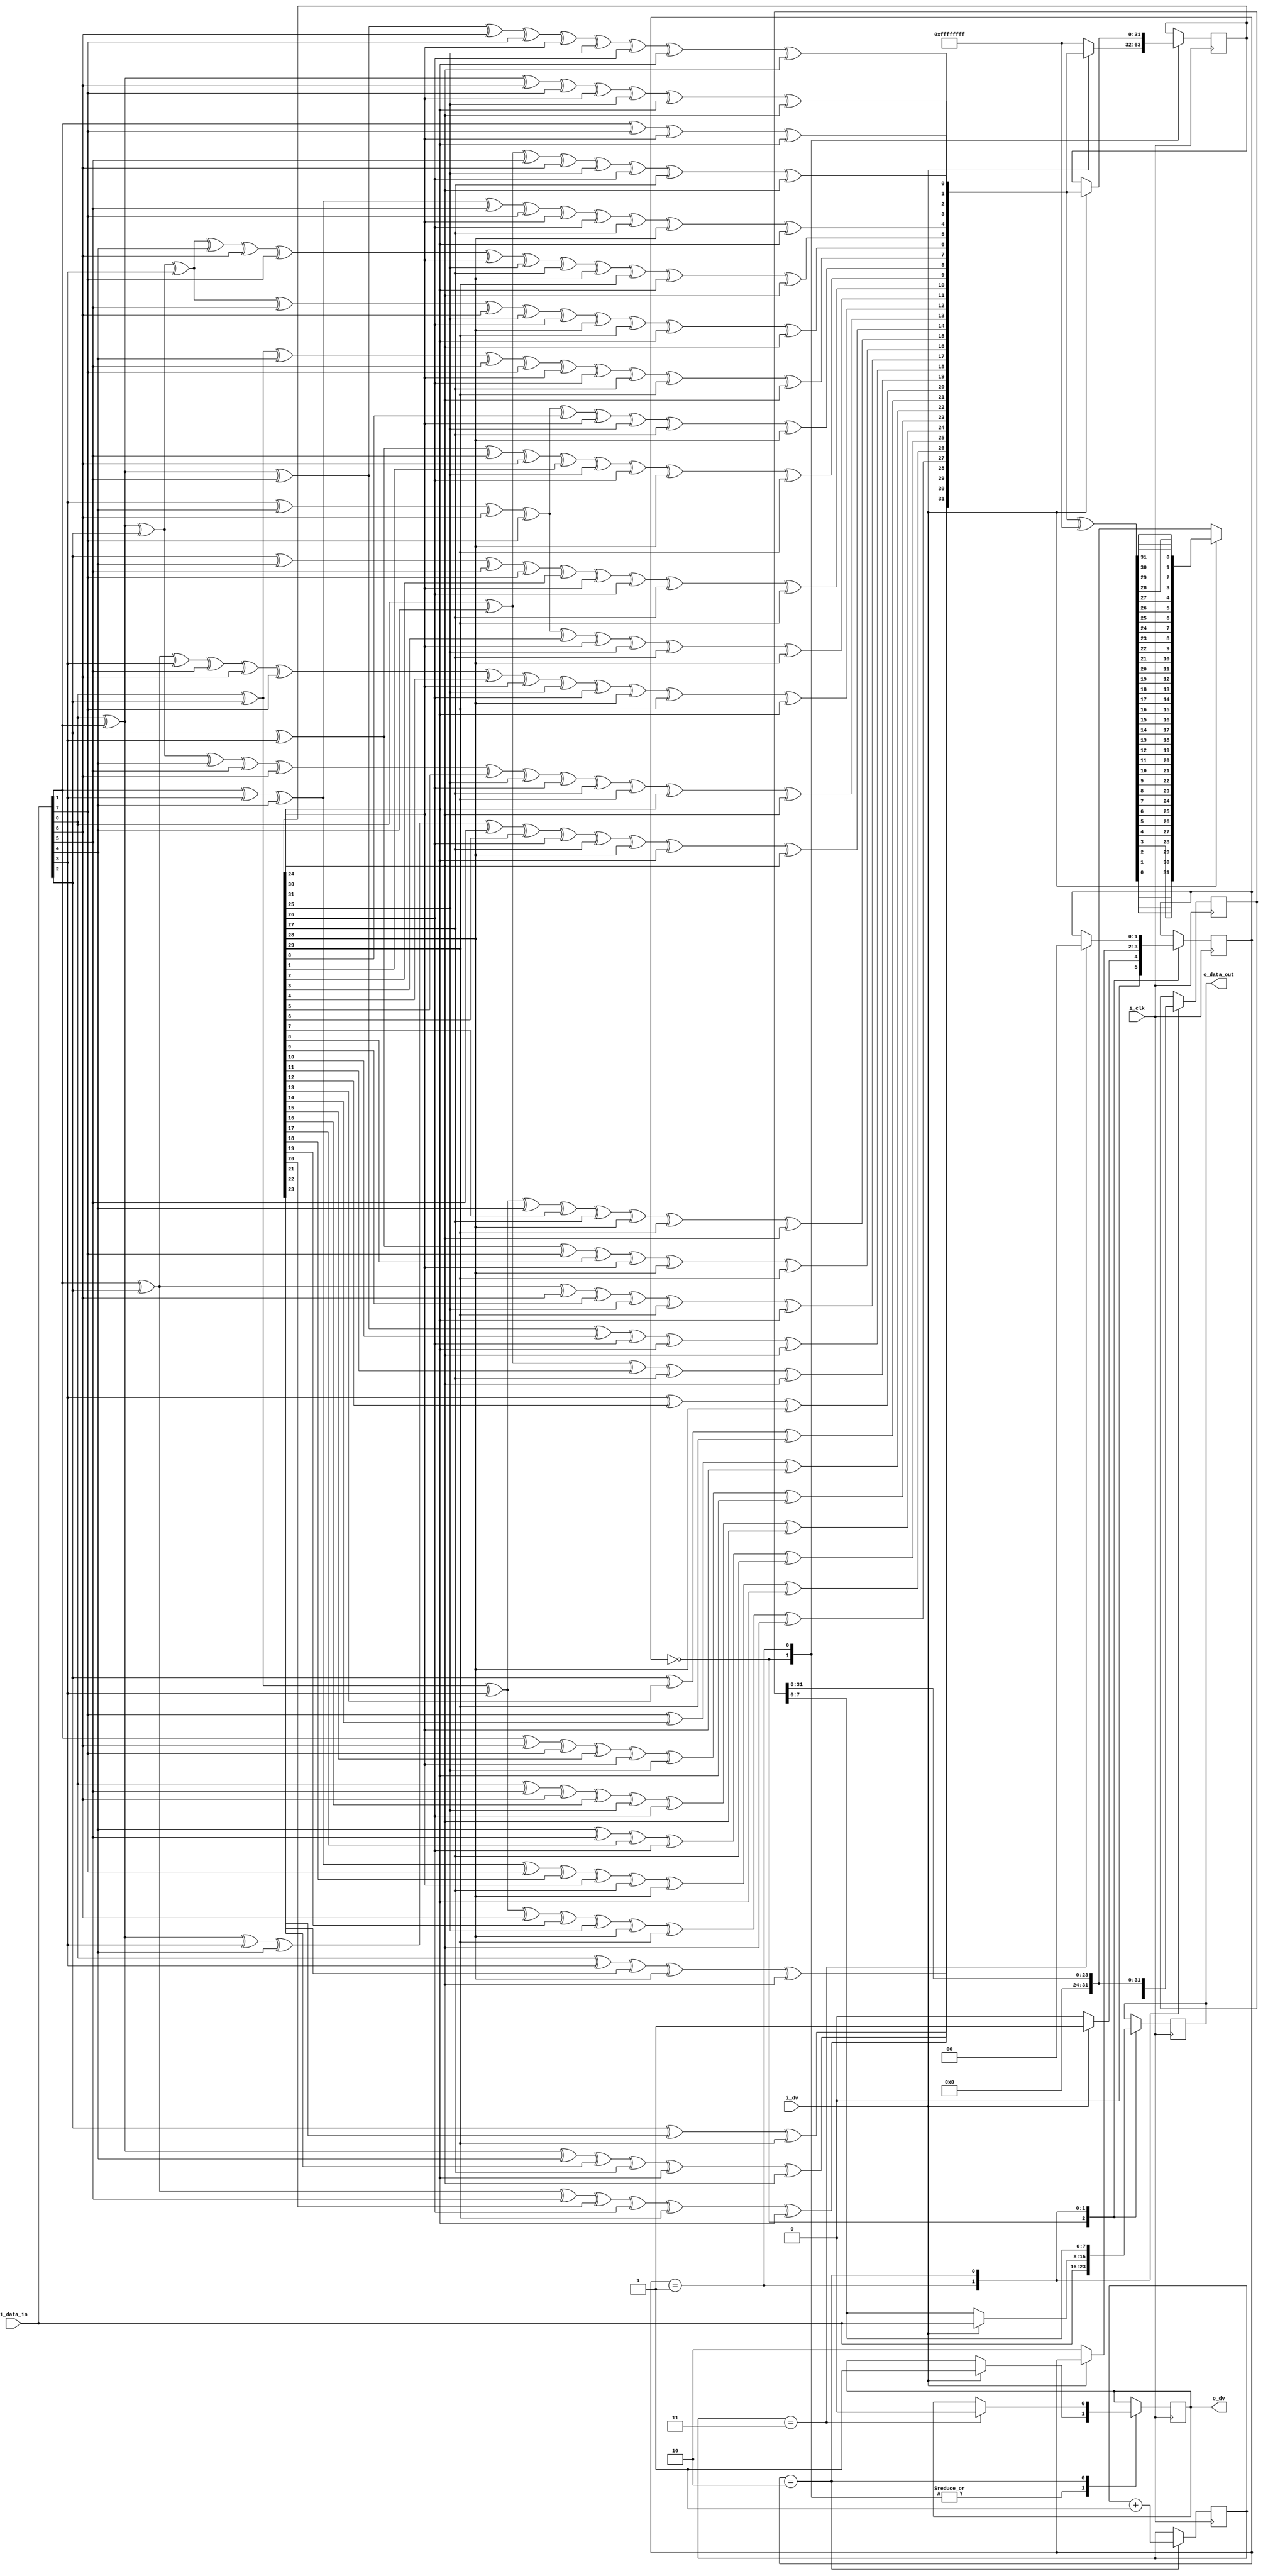
`timescale 1ns / 1ps
//////////////////////////////////////////////////////////////////////////////////
// Company:     www.circuitden.com
//              artinisagholian@gmail.com
// 
// Design Name: 
// Module Name: crc32_in8
// Project Name: 
// Target Devices: 
// Tool Versions: 
// Description: 
// 
// Dependencies: 
// 
// Revision:
// Revision 0.01 - File Created
// Additional Comments:
//  Based on https://github.com/Heng-xiu/implement-CRC-32-in-Verilog/blob/master/CRC_32_paraller.v
//////////////////////////////////////////////////////////////////////////////////


module crc32_in8(
    input  wire i_clk,
    input  wire i_dv, 
    input  wire [7:0] i_data_in,
    output wire o_dv,
    output wire [7:0] o_data_out
);

//reverse bits
wire [7:0] crc_in;
assign crc_in = {i_data_in[0],i_data_in[1],i_data_in[2],i_data_in[3],i_data_in[4],i_data_in[5],i_data_in[6],i_data_in[7]};

reg [7:0] crc_out = 0; 
assign o_data_out = crc_out;

reg [31:0] crc_reg = 0; 
reg [1:0] count = 0; 
reg [1:0] state = 0; 


reg dv_out = 0;
assign o_dv = dv_out;
wire [31:0] newcrc;
wire [31:0] newcrc_xor;
assign newcrc_xor = newcrc ^ 32'hFFFF_FFFF;
wire [31:0] newcrc_xor_br;
assign newcrc_xor_br = {newcrc_xor[0],newcrc_xor[1],newcrc_xor[2],newcrc_xor[3],newcrc_xor[4],newcrc_xor[5],newcrc_xor[6],newcrc_xor[7],newcrc_xor[8],newcrc_xor[9],newcrc_xor[10],newcrc_xor[11],newcrc_xor[12],newcrc_xor[13],newcrc_xor[14],newcrc_xor[15],newcrc_xor[16],newcrc_xor[17],newcrc_xor[18],newcrc_xor[19],newcrc_xor[20],newcrc_xor[21],newcrc_xor[22],newcrc_xor[23],newcrc_xor[24],newcrc_xor[25],newcrc_xor[26],newcrc_xor[27],newcrc_xor[28],newcrc_xor[29],newcrc_xor[30],newcrc_xor[31]};
    
wire [7:0] d;
assign d = crc_in;
wire [31:0] c; 
assign c = crc_reg;  
assign newcrc[0] = d[6] ^ d[0] ^ c[24] ^ c[30];
assign newcrc[1] = d[7] ^ d[6] ^ d[1] ^ d[0] ^ c[24] ^ c[25] ^ c[30] ^ c[31];
assign newcrc[2] = d[7] ^ d[6] ^ d[2] ^ d[1] ^ d[0] ^ c[24] ^ c[25] ^ c[26] ^ c[30] ^ c[31];
assign newcrc[3] = d[7] ^ d[3] ^ d[2] ^ d[1] ^ c[25] ^ c[26] ^ c[27] ^ c[31];
assign newcrc[4] = d[6] ^ d[4] ^ d[3] ^ d[2] ^ d[0] ^ c[24] ^ c[26] ^ c[27] ^ c[28] ^ c[30];
assign newcrc[5] = d[7] ^ d[6] ^ d[5] ^ d[4] ^ d[3] ^ d[1] ^ d[0] ^ c[24] ^ c[25] ^ c[27] ^ c[28] ^ c[29] ^ c[30] ^ c[31];
assign newcrc[6] = d[7] ^ d[6] ^ d[5] ^ d[4] ^ d[2] ^ d[1] ^ c[25] ^ c[26] ^ c[28] ^ c[29] ^ c[30] ^ c[31];
assign newcrc[7] = d[7] ^ d[5] ^ d[3] ^ d[2] ^ d[0] ^ c[24] ^ c[26] ^ c[27] ^ c[29] ^ c[31];
assign newcrc[8] = d[4] ^ d[3] ^ d[1] ^ d[0] ^ c[0] ^ c[24] ^ c[25] ^ c[27] ^ c[28];
assign newcrc[9] = d[5] ^ d[4] ^ d[2] ^ d[1] ^ c[1] ^ c[25] ^ c[26] ^ c[28] ^ c[29];
assign newcrc[10] = d[5] ^ d[3] ^ d[2] ^ d[0] ^ c[2] ^ c[24] ^ c[26] ^ c[27] ^ c[29];
assign newcrc[11] = d[4] ^ d[3] ^ d[1] ^ d[0] ^ c[3] ^ c[24] ^ c[25] ^ c[27] ^ c[28];
assign newcrc[12] = d[6] ^ d[5] ^ d[4] ^ d[2] ^ d[1] ^ d[0] ^ c[4] ^ c[24] ^ c[25] ^ c[26] ^ c[28] ^ c[29] ^ c[30];
assign newcrc[13] = d[7] ^ d[6] ^ d[5] ^ d[3] ^ d[2] ^ d[1] ^ c[5] ^ c[25] ^ c[26] ^ c[27] ^ c[29] ^ c[30] ^ c[31];
assign newcrc[14] = d[7] ^ d[6] ^ d[4] ^ d[3] ^ d[2] ^ c[6] ^ c[26] ^ c[27] ^ c[28] ^ c[30] ^ c[31];
assign newcrc[15] = d[7] ^ d[5] ^ d[4] ^ d[3] ^ c[7] ^ c[27] ^ c[28] ^ c[29] ^ c[31];
assign newcrc[16] = d[5] ^ d[4] ^ d[0] ^ c[8] ^ c[24] ^ c[28] ^ c[29];
assign newcrc[17] = d[6] ^ d[5] ^ d[1] ^ c[9] ^ c[25] ^ c[29] ^ c[30];
assign newcrc[18] = d[7] ^ d[6] ^ d[2] ^ c[10] ^ c[26] ^ c[30] ^ c[31];
assign newcrc[19] = d[7] ^ d[3] ^ c[11] ^ c[27] ^ c[31];
assign newcrc[20] = d[4] ^ c[12] ^ c[28];
assign newcrc[21] = d[5] ^ c[13] ^ c[29];
assign newcrc[22] = d[0] ^ c[14] ^ c[24];
assign newcrc[23] = d[6] ^ d[1] ^ d[0] ^ c[15] ^ c[24] ^ c[25] ^ c[30];
assign newcrc[24] = d[7] ^ d[2] ^ d[1] ^ c[16] ^ c[25] ^ c[26] ^ c[31];
assign newcrc[25] = d[3] ^ d[2] ^ c[17] ^ c[26] ^ c[27];
assign newcrc[26] = d[6] ^ d[4] ^ d[3] ^ d[0] ^ c[18] ^ c[24] ^ c[27] ^ c[28] ^ c[30];
assign newcrc[27] = d[7] ^ d[5] ^ d[4] ^ d[1] ^ c[19] ^ c[25] ^ c[28] ^ c[29] ^ c[31];
assign newcrc[28] = d[6] ^ d[5] ^ d[2] ^ c[20] ^ c[26] ^ c[29] ^ c[30];
assign newcrc[29] = d[7] ^ d[6] ^ d[3] ^ c[21] ^ c[27] ^ c[30] ^ c[31];
assign newcrc[30] = d[7] ^ d[4] ^ c[22] ^ c[28] ^ c[31];
assign newcrc[31] = d[5] ^ c[23] ^ c[29];  


reg [31:0] crc_32b_xor_br;



localparam S_IDLE                    = 8'h00;
localparam S_COMPUTE                 = 8'h01;
localparam S_FINISH                  = 8'h02;


always @(posedge i_clk) begin 
    case(state)
         S_IDLE:begin
             crc_out <= i_data_in;
             if(i_dv) begin 
                state <= S_COMPUTE;
                dv_out <= i_dv;
                crc_reg[31:0]<= newcrc[31:0]; 
             end 
             else begin 
                crc_reg[31:0] <= 32'hFFFF_FFFF;
                state <= S_IDLE;
             end
         end 
         
         S_COMPUTE:begin 
            if(i_dv) begin
                 crc_reg <= newcrc; 
                 crc_32b_xor_br <= newcrc_xor_br;
                 crc_out <= i_data_in;
                 dv_out <= i_dv;
            end else begin
                crc_32b_xor_br <= {8'b0000_0000,crc_32b_xor_br[31:8]};  
                crc_out[7:0] <= crc_32b_xor_br[7:0]; 
                state <= S_FINISH; 
            end
         end 
         
         S_FINISH:begin 
             crc_32b_xor_br <= {8'b0000_0000,crc_32b_xor_br[31:8]}; 
             crc_out[7:0] <= crc_32b_xor_br[7:0];  
             count <= count + 1'b1;
             if(count==3) begin 
                state <= S_IDLE; 
                dv_out <= 0;
             end 
         end 
    endcase 
end
 

endmodule